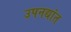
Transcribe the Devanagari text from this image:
उपनद्यांत